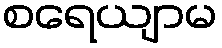
စရေယျာမ